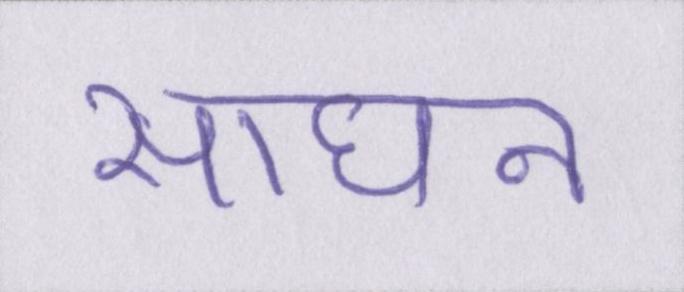
साधन